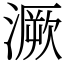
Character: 㵐